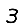
Digit: 3